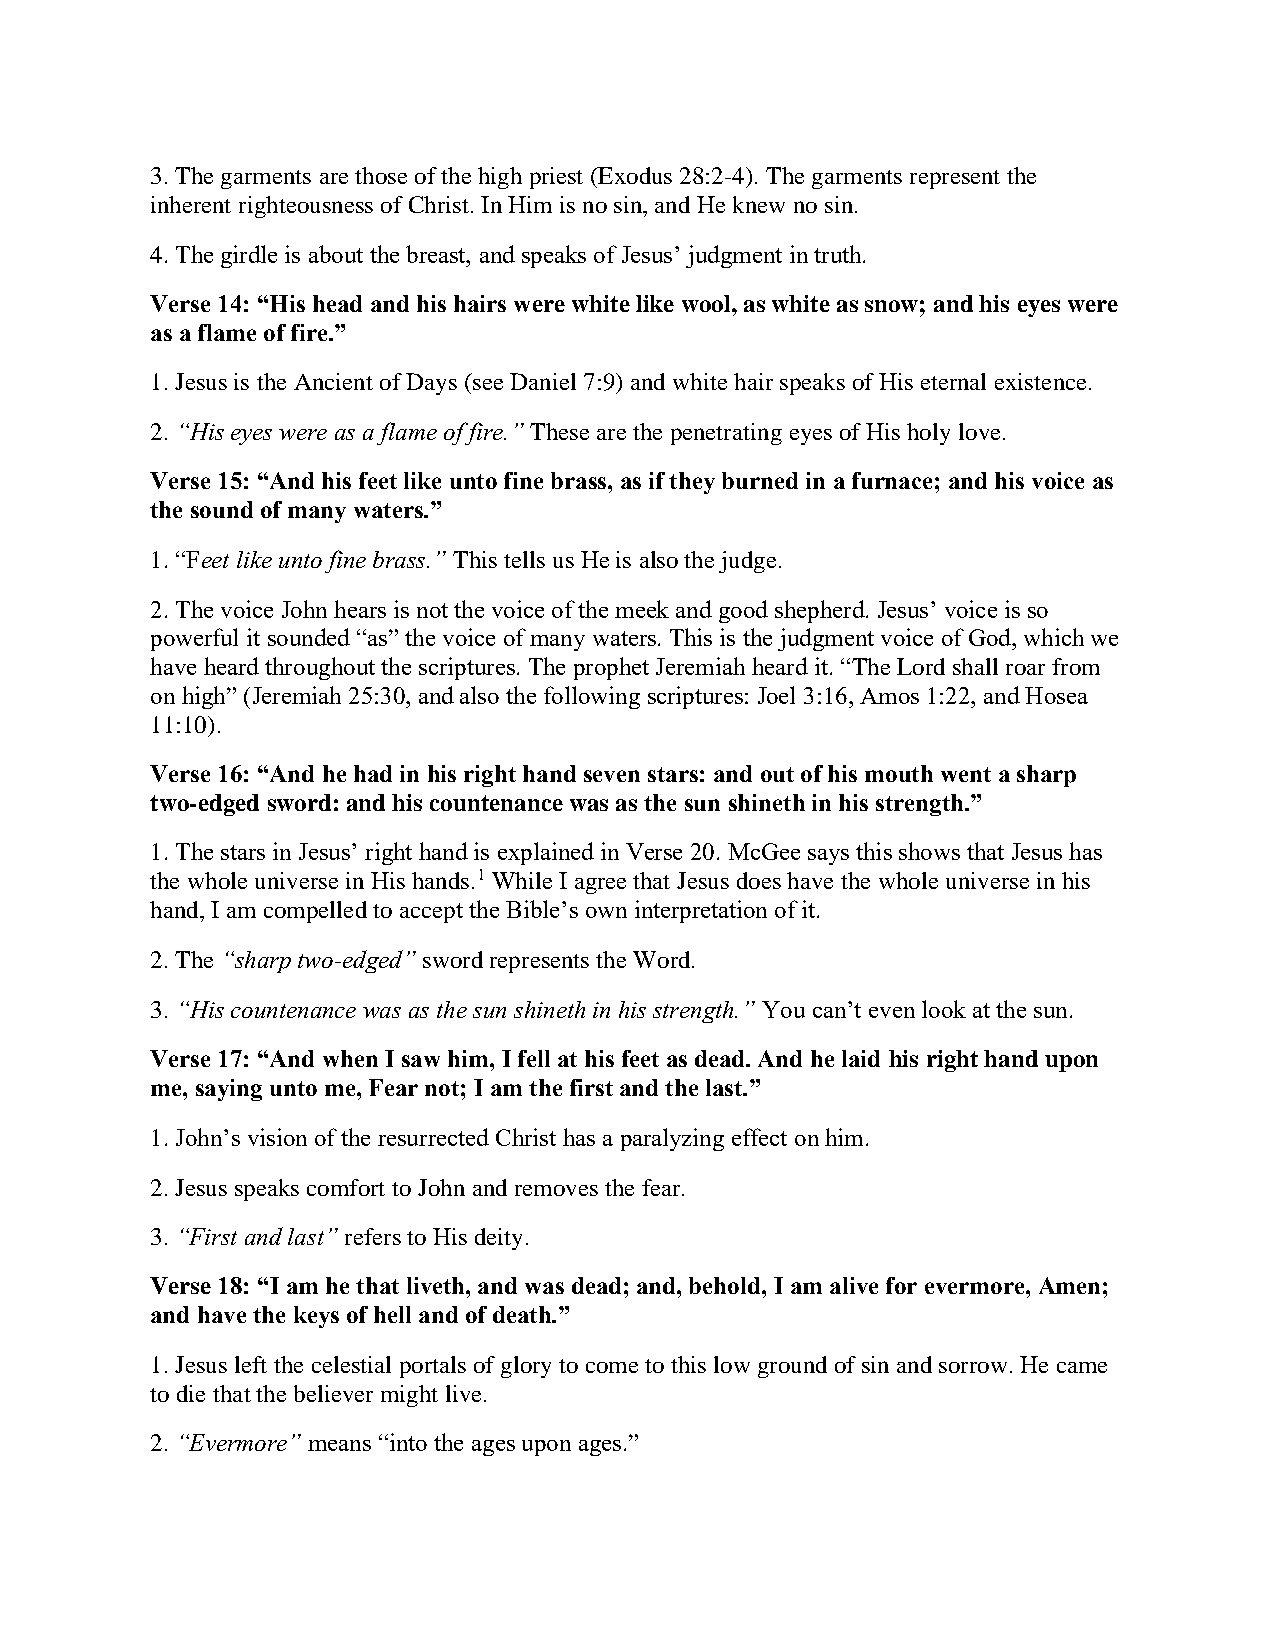
3. The garments are those of the high priest (Exodus 28:2-4). The garments represent the
 inherent righteousness of Christ. In Him is no sin, and He knew no sin.
 4. The girdle is about the breast, and speaks of Jesus’ judgment in truth.
 Verse 14: “His head and his hairs were white like wool, as white as snow; and his eyes were
 as a flame of fire.”
 1. Jesus is the Ancient of Days (see Daniel 7:9) and white hair speaks of His eternal existence.
 2. “His eyes were as a flame of fire.” These are the penetrating eyes of His holy love.
 Verse 15: “And his feet like unto fine brass, as if they burned in a furnace; and his voice as
 the sound of many waters.”
 1. “Feet like unto fine brass.” This tells us He is also the judge.
 2. The voice John hears is not the voice of the meek and good shepherd. Jesus’ voice is so
 powerful it sounded “as” the voice of many waters. This is the judgment voice of God, which we
 have heard throughout the scriptures. The prophet Jeremiah heard it. “The Lord shall roar from
 on high” (Jeremiah 25:30, and also the following scriptures: Joel 3:16, Amos 1:22, and Hosea
 11:10).
 Verse 16: “And he had in his right hand seven stars: and out of his mouth went a sharp
 two-edged sword: and his countenance was as the sun shineth in his strength.”
 1. The stars in Jesus’ right hand is explained in Verse 20. McGee says this shows that Jesus has
 the whole universe in His hands.1 While I agree that Jesus does have the whole universe in his
 hand, I am compelled to accept the Bible’s own interpretation of it.
 2. The “sharp two-edged” sword represents the Word.
 3. “His countenance was as the sun shineth in his strength.” You can’t even look at the sun.
 Verse 17: “And when I saw him, I fell at his feet as dead. And he laid his right hand upon
 me, saying unto me, Fear not; I am the first and the last.”
 1. John’s vision of the resurrected Christ has a paralyzing effect on him.
 2. Jesus speaks comfort to John and removes the fear.
 3. “First and last” refers to His deity.
 Verse 18: “I am he that liveth, and was dead; and, behold, I am alive for evermore, Amen;
 and have the keys of hell and of death.”
 1. Jesus left the celestial portals of glory to come to this low ground of sin and sorrow. He came
 to die that the believer might live.
 2. “Evermore” means “into the ages upon ages.”